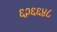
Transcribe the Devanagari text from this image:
६२६६४८